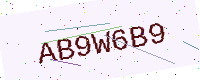
Text: AB9W6B9